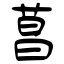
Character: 菖